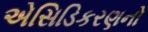
એસિડિકરણનો